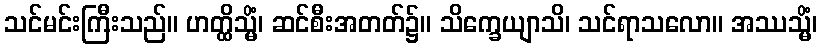
သင်မင်းကြီးသည်။ ဟတ္ထိသ္မိံ၊ ဆင်စီးအတတ်၌။ သိက္ခေယျာသိ၊ သင်ရာသလော။ အဿသ္မိံ၊